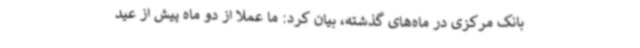
بانک مرکزی در ماه‌های گذشته، بیان کرد: ما عملا از دو ماه پیش از عید